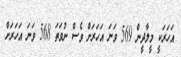
އަހަރަކީ މީލާދީން 569 ވަނަ އަހަރަށް ވެސް ނުވަތަ 568 ވަނަ އަހަރަށް